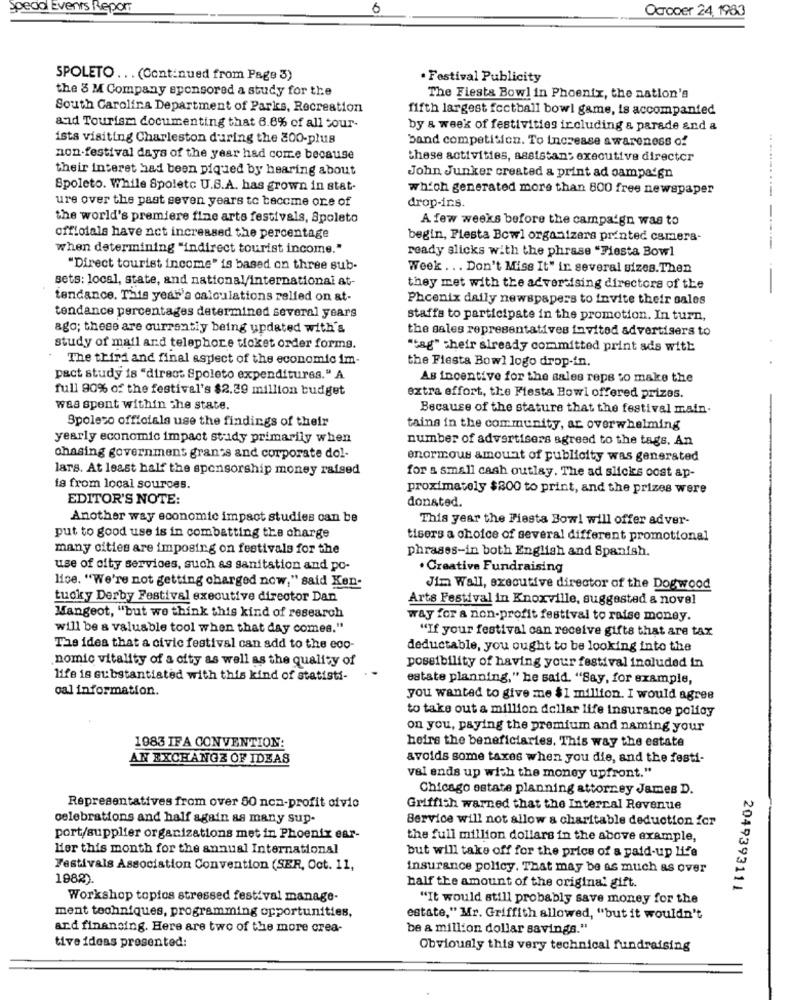
special Events Repom
0
Ocroder 24, 1983
SPOLETO ... (Continued from Page 3)
· Festival Publicity
the 5 M Company sponsored a study for the
The Fiesta Bowl in Phoenix, the nation's
South Carolina Department of Parks, Recreation
fifth largest football bowl game, is accompanied
and Tourism documenting that 6.8% of all cour-
by & week of festivities including a parade and a
ists visiting Charleston during the 200-plus
band competition. To increase awareness of
non-festival days of the year had come because
these activities, assistans executive director
their interet had been piqued by hearing about
John Junker created & print ad campaign
Spoleto. While Spoletc U.S.A. has grown in stat-
which generated more than 800 free newspaper
ure over the past seven years to become one of
drop-ins.
.. ...........
the world's premiere fine arts festivals, Spoleto
A few weeks before the campaign was to
offlolals have net increased the percentage
begin, Fiesta Bowl organizers printed camera-
when determining "indirect tourist income."
ready slicks with the phrase "Fiesta Bowl
----
"Direct tourist income" is based on three sub-
Week ... Don't Miss It" in several sizes. Then
sets: local, state, and national/international at-
they met with the advertising directors of the
tendance. This year's calculations relied on at-
Phoenix daily newspapers to invite their sales
tendance percentages determined several years
staffa to participate in the promotion. In turn,
ago; these are currently being updated with's
the sales representatives invited advertisers to
study of mail and telephone ticket order forms.
"tag" their already committed print ads with
The third and final aspect of the economic im-
the Fiesta Bowl logo drop-in.
pact study is "direct Spoleto expenditures." A
As incentive for the sales reps to make the
full 90% of the festival's $2.39 million budget
extra effort, the Fiesta Bowl offered prizes.
was spent within the state.
Because of the stature that the festival main.
Spoleto officials use the findings of their
tains in the community, ar overwhelming
yearly economic impact stady primarily when
number of advertisers agreed to the tags. An
chasing government grants and corporate dol-
enormous amount of publicity was generated
lars. At least half the sponsorship money raised
for a small cash outlay. The ad slicks oost ap-
is from local sources.
proximately $800 to print, and the prizes were
EDITOR'S NOTE:
donated.
Another way economic impact studies can be
This year the Fiesta Bowl will offer adver-
put to good use is in combatting the charge
tisers a choice of several different promotional
many cities are imposing on festivals for the
phrases-in both English and Spanish.
use of city services, such as sanitation and po-
· Creative Fundraising
lice. "We're not getting charged now," said Ken-
Jim Wall, executive director of the Dogwood
tucky Derby Festival executive director Dan
Arts Festival in Knoxville, suggested & novel
Mangeot, "but we think this kind of research
way for a nion-profit festival to raise money.
will be a valuable tool when that day comes."
"If your festival can receive gifts that are tax
The idea that a civic festival can add to the eco-
deductable, you ought to be looking into the
nomic vitality of a city as well as the quality of
possibility of having your festival included in
life is substantiated with this kind of statisti-
estate planning," he said. "Say, for example,
oal information.
you wanted to give me $ 1 million. I would agree
to take out a million dollar life insurance policy
on you, paying the premium and naming your
1983 IFA CONVENTION:
heirs the beneficiaries. This way the estate
AN EXCHANGE OF IDEAS
avoids some taxes when you die, and the festi-
val ends up with the money upfront."
Chicago estate planning attorney James D.
Representatives from over 50 non-profit ofvio
Griffith warned that the Internal Revenue
celebrations and half again as many sup-
Service will not allow a charitable deduction icr
port/supplier organizations met in Phoenix ear-
the full million dollars in the above example,
Her this month for the annual International
but will take off for the price of a paid-up life
Festivals Association Convention (SER, Oct. 11,
insurance policy. That may be as much as over
1982)
half the amount of the original gift.
2049393111
Workshop topios stressed festival manage-
"It would still probably save money for the
ment techniques, programming opportunities,
estate," Mr. Griffith allowed, "but it wouldn't
and financing. Here are two of the more crea-
be a million dollar savings."
tive ideas presented:
Obviously this very technical fundraising